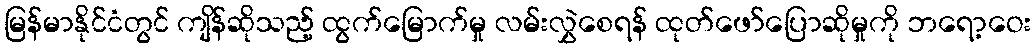
မြန်မာနိုင်ငံတွင် ကျိန်ဆိုသည့် ထွက်မြောက်မှု လမ်းလွှဲစေရန် ထုတ်ဖော်ပြောဆိုမှုကို ဘရော့ဝေး